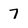
Character: 7